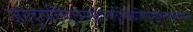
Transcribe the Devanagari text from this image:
जगदुत्पत्तिपालनसंहारकतृभिर्ब्रह्मविष्णुमहेशरूपसेव्यमाना